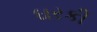
ઘરકી